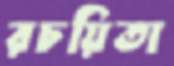
রচয়িতা